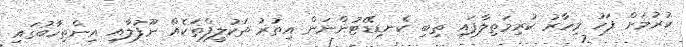
ކުރުމަށް ފަހު މިހާރު ކުރިމަތިލާފައި ތިބި ކެނޑިޑޭޓުންނަން އިތުރު ތަކުލީފްތަކެއް ނޫފުލާއި އިންތިހާބުގައި